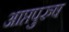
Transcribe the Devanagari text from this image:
आप्तपुरुष